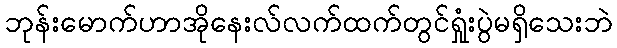
ဘုန်းမောက်ဟာအိုနေးလ်လက်ထက်တွင်ရှုံးပွဲမရှိသေးဘဲ